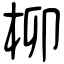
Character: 柳